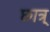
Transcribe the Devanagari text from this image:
छात्र्